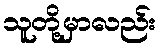
သူတို့မှာလည်း